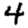
Digit: 4